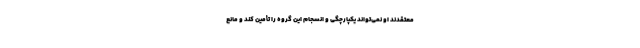
معتقدند او نمی‌تواند یکپارچگی و انسجام این گروه را تأمین کند و مانع